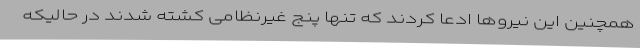
همچنین این نیروها ادعا کردند که تنها پنج غیرنظامی کشته شدند در حالیکه